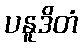
ပနူဒိတံ